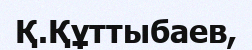
Қ.Құттыбаев,